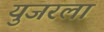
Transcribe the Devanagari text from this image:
युजरला